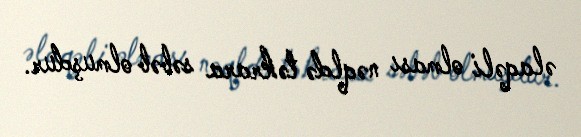
əlaqəli olması nəqldə təkrara səbəb olmuşdur.